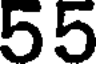
55